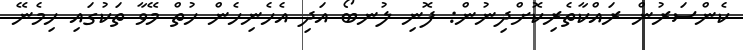
ކެންސަރުން ރައްކާތެރިކޮށްދިނުން: ފޮނި ލުނބޯ އަދި އެހެނިހެން ހުތް މޭވާ ތަކުގައި ހިމެނޭ